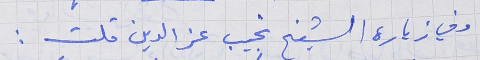
وفي زيارة الشيخ نجيب عز الدين قلت :